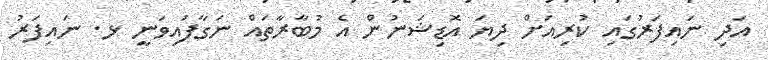
އަދި ނައިފަރުގައި ކުރިއަށް ދިޔަ އޮޑިޝަނުން އެ މުބާރާތައް ނަގާފައިވަނީ ޅ. ނައިފަރު